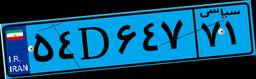
۰۰D۸۸۲۰۴